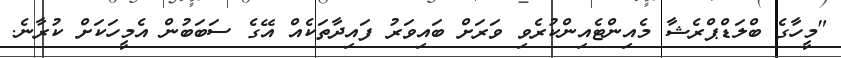
"މީހާގެ ބްލަޑްޕްރެޝާ މެއިންޓެއިންކުރެވި ވަރަށް ބައިވަރު ފައިދާތަކެއް އޭގެ ސަބަބުން އެމީހަކަށް ކުރާނެ.